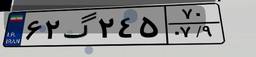
۶۰گ۵۹۲۹۴